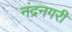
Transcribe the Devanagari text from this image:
नंद्रनगरी